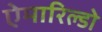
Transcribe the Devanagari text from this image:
ऐमारिल्डो